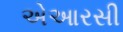
એઆરસી